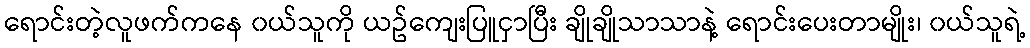
ရောင်းတဲ့လူဖက်ကနေ ၀ယ်သူကို ယဥ်ကျေးပြူငှာပြီး ချိုချိုသာသာနဲ့ ရောင်းပေးတာမျိုး၊ ၀ယ်သူရဲ့